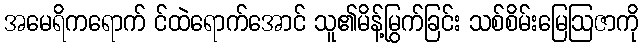
အမေရိကရောက် င်ထဲရောက်အောင် သူ၏မိန့်မြွက်ခြင်း သစ်စိမ်းမြေဩဇာကို